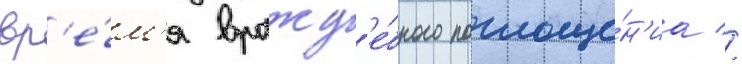
вр'е́м'я вражд'е́бного поглоще́н'иа //